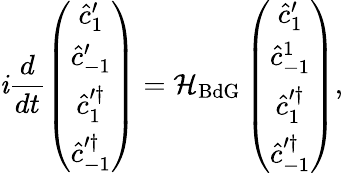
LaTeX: \mathit{i}\frac{{d}}{{dt}}\left(\begin{array}{c}{\hat{c}_{1}^{\prime}}\\ {\hat{c}_{-1}^{\prime}}\\ {\hat{c}_{1}^{\prime\dagger}}\\ {\hat{c}_{-1}^{\prime\dagger}}\end{array}\right)=\mathcal{{H}}_{\mathrm{{BdG}}}\left(\begin{array}{c}{\hat{c}_{1}^{\prime}}\\ {\hat{c}_{-1}^{1}}\\ {\hat{c}_{1}^{\prime\dagger}}\\ {\hat{c}_{-1}^{\prime\dagger}}\end{array}\right),